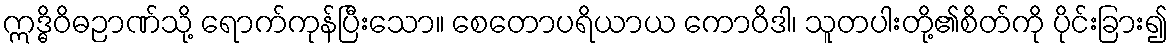
ဣဒ္ဓိဝိဓဉာဏ်သို့ ရောက်ကုန်ပြီးသော။ စေတောပရိယာယ ကောဝိဒါ၊ သူတပါးတို့၏စိတ်ကို ပိုင်းခြား၍